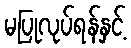
မပြုလုပ်ရန်နှင့်